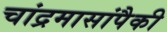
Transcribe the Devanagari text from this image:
चांद्रमासांपैकी